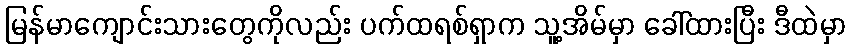
မြန်မာကျောင်းသားတွေကိုလည်း ပက်ထရစ်ရှာက သူ့အိမ်မှာ ခေါ်ထားပြီး ဒီထဲမှာ